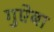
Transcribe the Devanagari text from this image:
गुऐबा